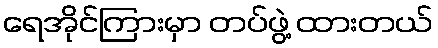
ရေအိုင်ကြားမှာ တပ်ဖွဲ့ ထားတယ်